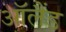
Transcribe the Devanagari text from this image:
ऑलैंड